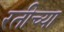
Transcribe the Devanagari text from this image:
रतीच्या